Burma Government Medical School reports 1907-22
Year: 1907
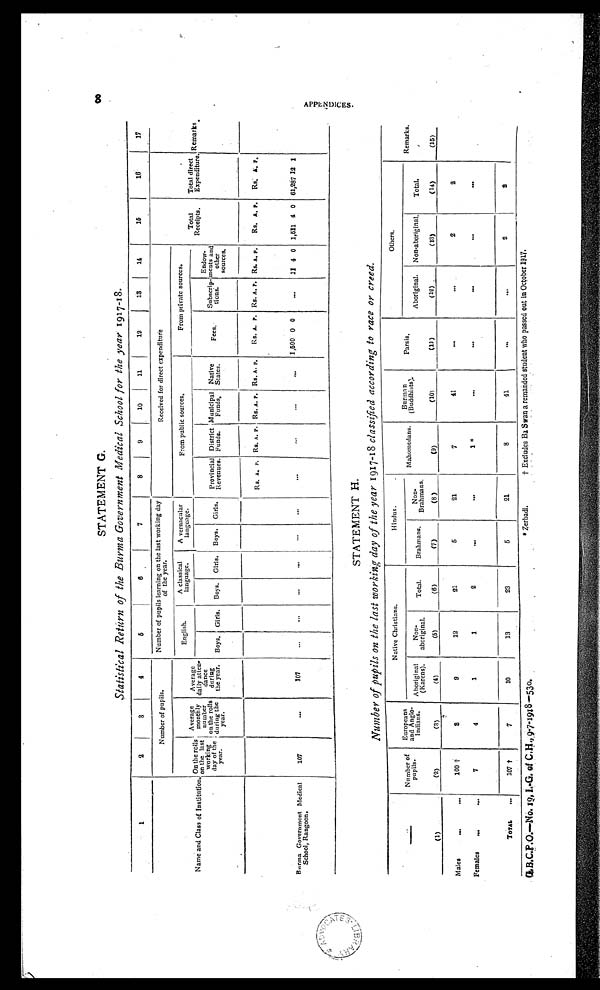
8
AP P E NDI C E S .
1
2
3
4
5
6
7
8
9
10
11
12
13
1 4
15
16
17
Number of pupils.
Number of pupils learning on the last working day
of the year.
Received for direct expenditure
Total
Receipts.
Total direct
Expenditure. Remarks.
Name and Class of Institution. On the rolls
n
on the last
working
d a y o f t h e
year.
Average
monthly number
on the rolls
during the
year.
Average
daily atten-
dance
daring
the year.
English.
A classical
language.
A vernacular
language.
From public sources.
From private sources.
Boys. Girls. Boys. Girls. Boys. Girls. Provincial
Revenues.
District
Funds.
Municipal
Funds,
Native
States.
Fees. Subscrip-
tions.
Endow-
ments ando t h e r
sources.
Rs. A. P. Rs. A. P. RS. A. P. RS. A. P. Rs. A. P. Rs. A. P. Rs, A. P. Rs. A. p. Es. A. P.
Burma Government Medical
School, Rangoon.
107
. . .
107
...
... ..
...
. . .
...
. .
. .
. . .
. . . 1,500 0 0
... 11 4 0 1,511 4 0 61,287 12 1
STATEMENT H.
Number of pupils on the last working day of the year 1917-18 classified according to race or creed.
Number of
pupils.
Europeans
and Anglo-
Indians.
Native Christians.
Hindus.
Mahomedans. Burma n
(Buddhists).
Parsis.
Others.
Remarks.
Aboriginal
(Karens).
Non-
aboriginal.
Total.
Brahmans.
Non-
Brahmans.
Aboriginal. Non-aboriginal. Total.
(1)
(2)
(3)
(4)
(5)
(6)
(7)
(8)
_ (9)
(10)
(11)
(12)
(13) (14) (14)
(15)
Males
...
...
100 †
8
9
12
21
6
21
7
41
. . .
. . . 2
2
Females ...
...
7
4
1
1
2
. . .
...
1 *
. . .
. . .
. . .
. . .
. . .
TOTAL ..
107†
7
10
13
23
5
21
8
41
. . .
. . . 2
2
G.B.C.P.C.O.—No.19, I.G. of C.H.,9-7-1918—530. * Zerbadi. † Excludes Ba Swan a remanded student who passed out in October 1917.